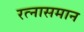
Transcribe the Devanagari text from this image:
रत्नासमान